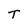
Character: T